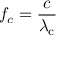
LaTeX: f _ { c } = { \frac { c } { \lambda _ { \mathrm { { c } } } } }